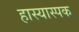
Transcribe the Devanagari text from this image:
हास्यास्पक